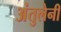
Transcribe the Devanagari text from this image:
अंतुलेनी